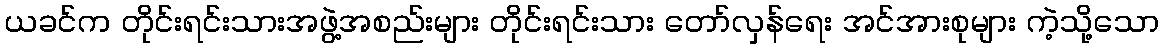
ယခင်က တိုင်းရင်းသားအဖွဲ့အစည်းများ တိုင်းရင်းသား တော်လှန်ရေး အင်အားစုများ ကဲ့သို့သော